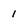
Character: I